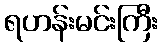
ရဟန်းမင်းကြီး